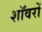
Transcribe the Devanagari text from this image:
शॉवरों